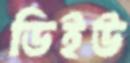
ডিইউ